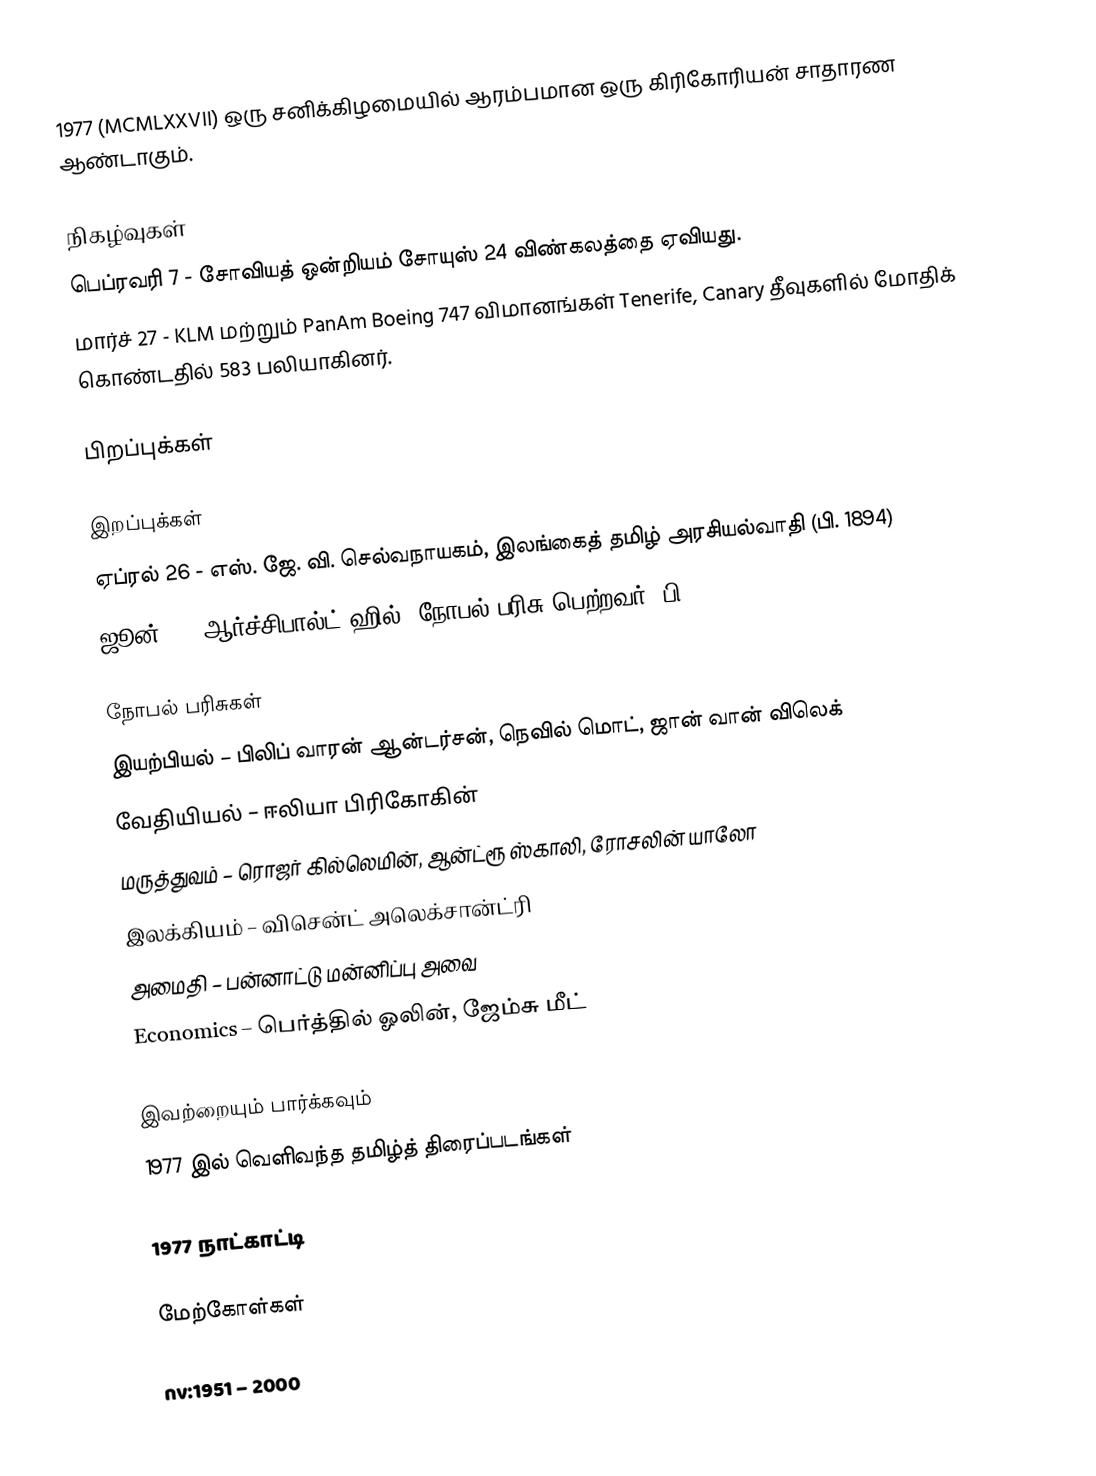
1977  (MCMLXXVII) ஒரு சனிக்கிழமையில் ஆரம்பமான ஒரு கிரிகோரியன் சாதாரண ஆண்டாகும்.

நிகழ்வுகள்
 பெப்ரவரி 7 - சோவியத் ஒன்றியம் சோயுஸ் 24 விண்கலத்தை ஏவியது.
 மார்ச் 27 - KLM மற்றும் PanAm Boeing 747 விமானங்கள் Tenerife, Canary தீவுகளில் மோதிக் கொண்டதில் 583 பலியாகினர்.

பிறப்புக்கள்

இறப்புக்கள்
 ஏப்ரல் 26 - எஸ். ஜே. வி. செல்வநாயகம், இலங்கைத் தமிழ் அரசியல்வாதி (பி. 1894)
 ஜூன் 3 - ஆர்ச்சிபால்ட் ஹில், நோபல் பரிசு பெற்றவர் (பி. 1886)

நோபல் பரிசுகள்
 இயற்பியல் – பிலிப் வாரன் ஆன்டர்சன், நெவில் மொட், ஜான் வான் விலெக்
 வேதியியல் – ஈலியா பிரிகோகின்
 மருத்துவம் – ரொஜர் கில்லெமின், ஆன்ட்ரூ ஸ்காலி, ரோசலின் யாலோ
 இலக்கியம் – விசென்ட் அலெக்சான்ட்ரி
 அமைதி – பன்னாட்டு மன்னிப்பு அவை
 Economics – பெர்த்தில் ஓலின், ஜேம்சு மீட்

இவற்றையும் பார்க்கவும்
 1977 இல் வெளிவந்த தமிழ்த் திரைப்படங்கள்

1977 நாட்காட்டி

மேற்கோள்கள்

nv:1951 – 2000